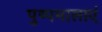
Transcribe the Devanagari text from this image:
पुष्पमालाएं